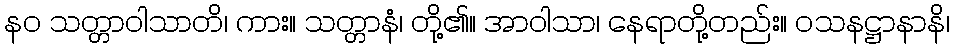
နဝ သတ္တာဝါသာတိ၊ ကား။ သတ္တာနံ၊ တို့၏။ အာဝါသာ၊ နေရာတို့တည်း။ ဝသနဋ္ဌာနာနိ၊